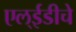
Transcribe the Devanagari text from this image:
एल्‌ईडीचे